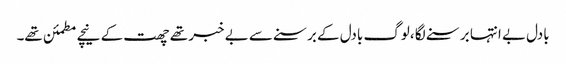
بادل بے انتہا برسنے لگا ،لوگ بادل کے برسنے سے بے خبر تھے چھت کے نیچے مطمئن تھے۔